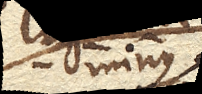
minus